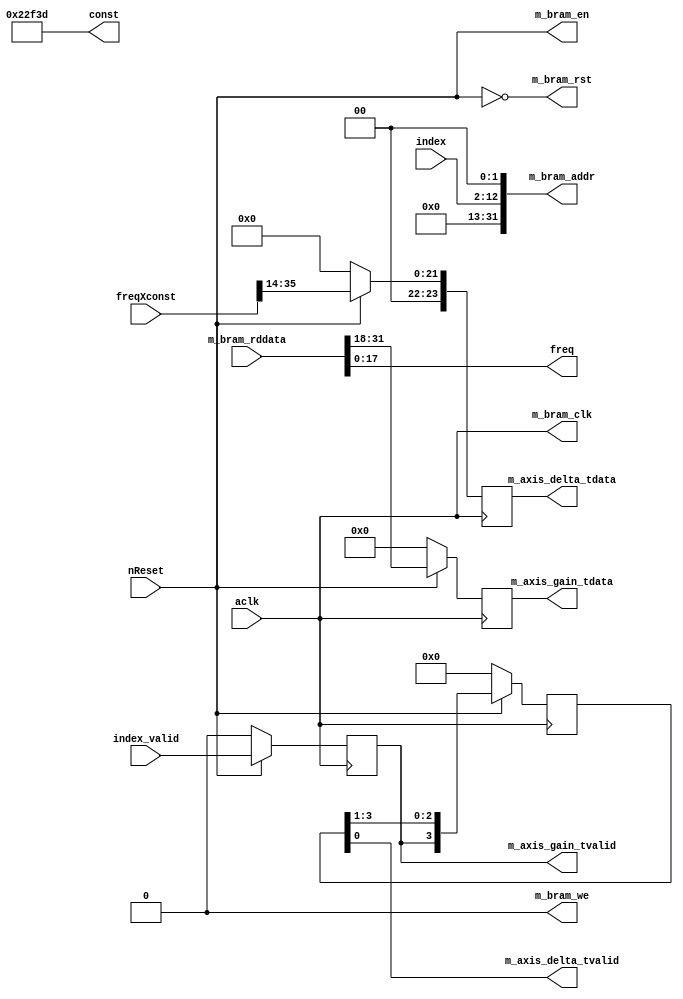
`timescale 1ns / 1ps
//////////////////////////////////////////////////////////////////////////////////
// Company: 
// Engineer: 
// 
// Design Name: 
// Module Name: DSP_reg_read
// Project Name: 
// Target Devices: 
// Tool Versions: 
// Description: 
// 
// Dependencies: 
// 
// Revision:
// Revision 0.01 - File Created
// Additional Comments:
// 
//////////////////////////////////////////////////////////////////////////////////


module DSP_reg_read
#(
    parameter EXT_MULT_DELAY = 4
)(
    input nReset,
    input aclk,
    
    output [31:0] m_bram_addr,
    output m_bram_clk,
    input [31:0] m_bram_rddata,
    output m_bram_en,
    output m_bram_rst,
    output m_bram_we,
    
    input [10:0] index,
    input index_valid,
    output [17:0] freq,
    output [17:0] const,
    input [35:0] freqXconst,
    
    output [23:0] m_axis_delta_tdata,
    output m_axis_delta_tvalid,
    
    output [13:0] m_axis_gain_tdata,
    output m_axis_gain_tvalid
    );
    
reg bramDataValid;
reg [EXT_MULT_DELAY-1:0] freqXconstValid;
reg [13:0] gainBuffer;
reg [23:0] deltaBuffer;
    
always @(negedge aclk)
begin
    if(~nReset)
    begin
        bramDataValid <= 1'b0;
        freqXconstValid <= 16'd0;
    end
    else
    begin
        bramDataValid <= index_valid;
        freqXconstValid <= {bramDataValid, freqXconstValid[EXT_MULT_DELAY-1:1]};
    end 
end

always @(negedge aclk)
begin
    if(~nReset)
    begin
        gainBuffer <= 14'h0000;
        deltaBuffer <= 24'h000000;
    end
    else
    begin
        gainBuffer <= m_bram_rddata[31:18];
        deltaBuffer <= (freqXconst >> 14);
    end 
end

assign m_bram_addr = {19'h00000,index,2'b00};
assign m_bram_clk = aclk;
assign m_bram_en = nReset;
assign m_bram_rst = ~nReset;
assign m_bram_we = 1'b0;

assign freq = m_bram_rddata[17:0];
assign const = 18'd143165;

assign m_axis_delta_tdata = deltaBuffer;
assign m_axis_delta_tvalid = freqXconstValid[0];

assign m_axis_gain_tdata = gainBuffer;
assign m_axis_gain_tvalid = bramDataValid;

endmodule